Assam Mental Hospital (Tezpur, India) - 1933-1948
Year: 1933
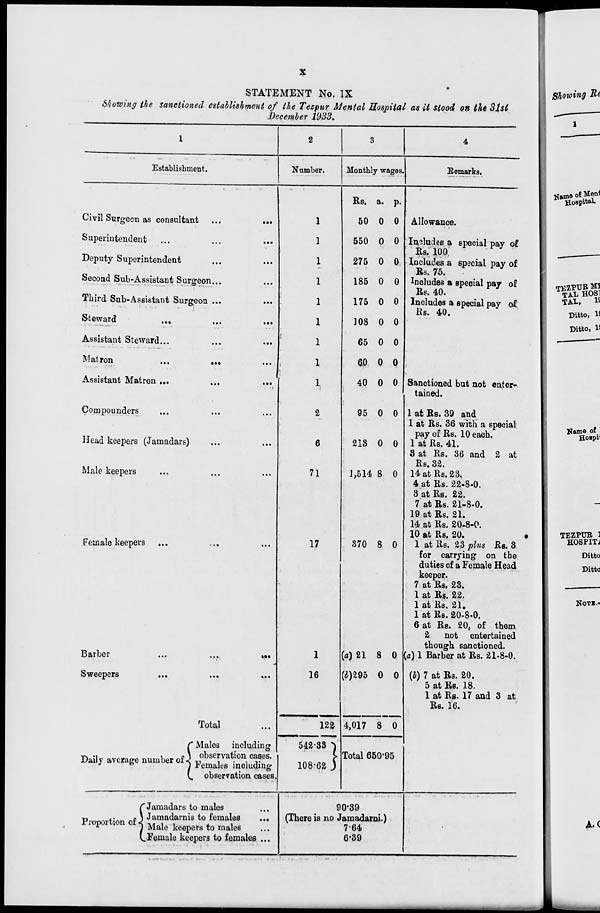
x
STATEMENT No. IX
Showing the sanctioned establishment of the Tezpur Mental Hospital as it stood on the 31st
December 1933.
1
Establishment.
Civil Surgeon as consultant ...
...
Superintendent
... ... ...
Deputy Superintendent ... ...
Second Sub-Assistant Surgeon... ...
Third Sub-Assistant Surgeon ...
...
Steward ... ... ...
Assistant Steward...
...
...
Matron ... ... ...
Assistant Matron ... ... ...
Compounders ... ... ...
Head keepers (Jamadars) ... ...
Male keepers ... ... ...
Female keepers ... ... ...
Barber
...
...
...
Sweepers
...
...
...
Total ...
Daily average number of
Proportion of
Males including
observation cases.
Females including
observation cases
Jamadars to males ...
Jamadarnis to females
...
Male keepers to males ...
Female keepers to females ...
2
Number.
1
1
1
1
1
1
1
1
1
2
6
71
17
1
16
122
542.33
108.62
3
Monthly wages.
Rs.
50
550
275
185
175
108
65
60
40
95
213
1,514
370
(a) 21
(b) 295
4,017
a.
0
0
0
0
0
0
0
0
0
0
0
8
8
8
0
8
p.
0
0
0
0
0
0
0
0
0
0
0
0
0
0
0
0
Total 650.95
90.39
(There is no Jamadarni.)
7.64
6.39
4
Remarks.
Allowance.
Includes a special pay of
Rs. 100
Includes a special pay of
Rs. 75.
Includes a special pay of
Rs. 40.
Includes a special pay of
Rs. 40.
Sanctioned but not enter-
tained.
1 at Rs. 39 and
1 at Rs. 36 with a special
pay of Rs. 10 each.
1 at Rs. 41.
3 at Rs. 36 and 2 at
Rs. 32.
14 at Rs. 23.
4 at Rs. 22-8-0.
3 at Rs. 22.
7 at Rs. 21-8-0.
19 at Rs. 21.
14 at Rs. 20-8-0.
10 at Rs. 20.
1 at Rs. 23 plus Rs. 3
for carrying on the
duties of a Female Head
keeper.
7 at Rs. 23.
1 at Rs. 22.
1 at Rs. 21.
1 at Rs. 20-8-0.
6 at Rs. 20, of them
2 not entertained
though sanctioned.
(a) 1 Barber at Rs. 21-8-0.
(b) 7 at Rs. 20.
5 at Rs. 18.
1 at Rs. 17 and 3 at
Rs. 16.